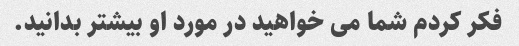
فکر کردم شما می خواهید در مورد او بیشتر بدانید.